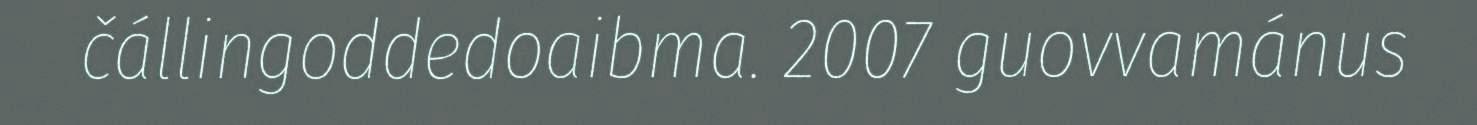
čállingoddedoaibma. 2007 guovvamánus